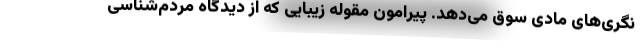
نگری‌های مادی سوق می‌دهد. پیرامون مقوله زیبایی که از دیدگاه مردم‌شناسی